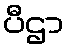
ပီဌာ